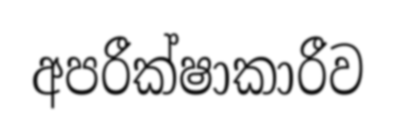
අපරීක්ෂාකාරීව